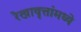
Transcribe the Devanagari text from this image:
रेखावृत्तांमध्ये